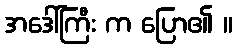
အဒေါ်ကြီး က ပြော၏ ။